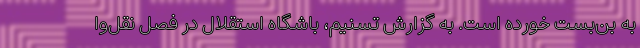
به بن‌بست خورده است. به گزارش تسنیم، باشگاه استقلال در فصل نقل‌وا